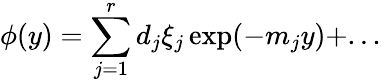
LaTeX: \phi(y)=\sum_{j=1}^{r}d_{j}\xi_{j}\exp(-m_{j}y)+...